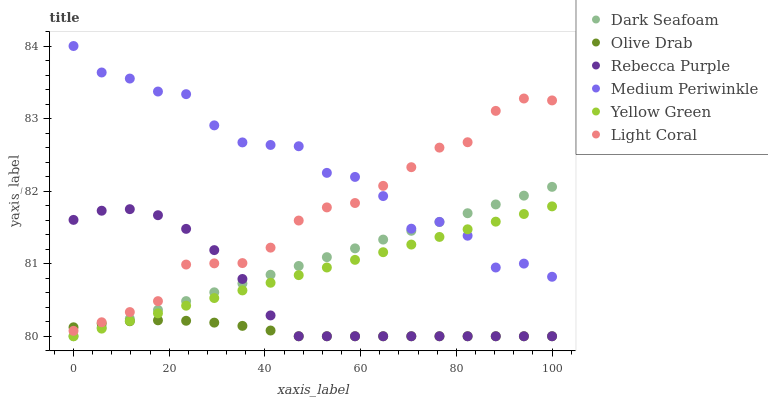
| xaxis_label | Dark Seafoam | Olive Drab | Rebecca Purple | Medium Periwinkle | Yellow Green | Light Coral |
 | --- | --- | --- | --- | --- | --- | --- |
 | 0 | 80 | 80.1 | 81.6 | 84 | 80 | 80.1 |
 | 5.88 | 80.1 | 80.2 | 81.7 | 83.6 | 80.1 | 80.2 |
 | 11.8 | 80.2 | 80.2 | 81.8 | 83.6 | 80.2 | 80.3 |
 | 17.6 | 80.4 | 80.2 | 81.7 | 83.4 | 80.3 | 80.5 |
 | 23.5 | 80.5 | 80.2 | 81.5 | 83.3 | 80.4 | 81 |
 | 29.4 | 80.6 | 80.2 | 81.2 | 82.9 | 80.5 | 81 |
 | 35.3 | 80.7 | 80.1 | 80.8 | 82.7 | 80.6 | 81 |
 | 41.2 | 80.8 | 80.1 | 80.3 | 82.6 | 80.7 | 81.2 |
 | 47.1 | 81 | 80 | 80 | 82.6 | 80.8 | 81.6 |
 | 52.9 | 81.1 | 80 | 80 | 82.3 | 80.9 | 81.8 |
 | 58.8 | 81.2 | 80 | 80 | 82.2 | 81.1 | 81.8 |
 | 64.7 | 81.3 | 80 | 80 | 81.9 | 81.2 | 82.1 |
 | 70.6 | 81.5 | 80 | 80 | 81.5 | 81.3 | 82.3 |
 | 76.5 | 81.6 | 80 | 80 | 81.6 | 81.4 | 82.6 |
 | 82.4 | 81.7 | 80 | 80 | 81.4 | 81.5 | 82.7 |
 | 88.2 | 81.8 | 80 | 80 | 80.9 | 81.6 | 83.1 |
 | 94.1 | 81.9 | 80 | 80 | 81 | 81.7 | 83.3 |
 | 100 | 82.1 | 80 | 80 | 80.8 | 81.8 | 83.3 |